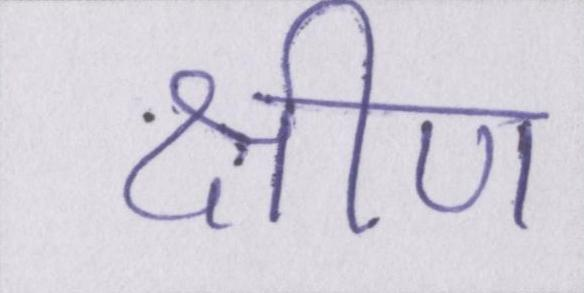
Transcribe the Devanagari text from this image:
क्षीण